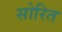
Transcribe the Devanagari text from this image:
सोरित